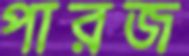
পারজ